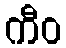
ကီဝ